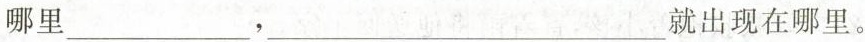
哪里___，___就出现在哪里。